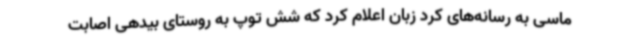
ماسی به رسانه‌های کرد زبان اعلام کرد که شش توپ به روستای بیدهی اصابت